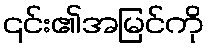
၎င်း၏အမြင်ကို